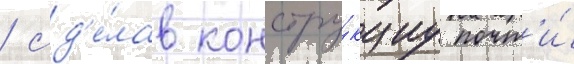
/ сд'е́лав констру́кциу почт'и́